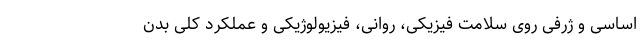
اساسی و ژرفی روی سلامت فیزیکی، روانی، فیزیولوژیکی و عملکرد کلی بدن